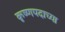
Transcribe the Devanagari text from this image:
कृष्णपदाच्या